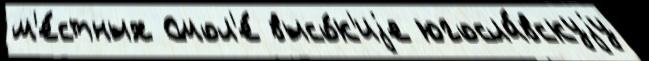
м'е́стных Смол'е́ высо́к'иjе югосла́вскуjу